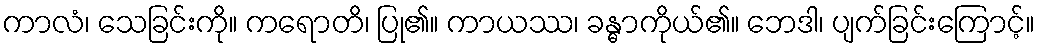
ကာလံ၊ သေခြင်းကို။ ကရောတိ၊ ပြု၏။ ကာယဿ၊ ခန္ဓာကိုယ်၏။ ဘေဒါ၊ ပျက်ခြင်းကြောင့်။